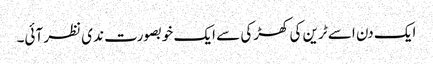
ایک دن اسے ٹرین کی کھڑکی سے ایک خوبصورت ندی نظر آئی۔